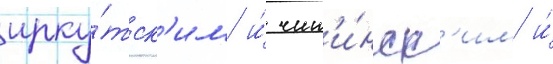
ирку́тск'им и́ чит'и́нск'им и́